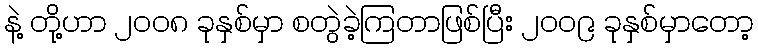
နဲ့ တို့ဟာ ၂၀၀၈ ခုနှစ်မှာ စတွဲခဲ့ကြတာဖြစ်ပြီး ၂၀၀၉ ခုနှစ်မှာတော့